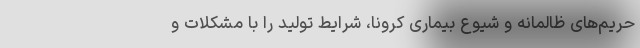
حریم‌های ظالمانه و شیوع بیماری کرونا، شرایط تولید را با مشکلات و